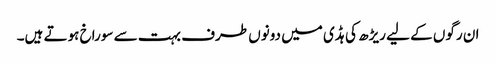
ان رگوں کے لیے ریڑھ کی ہڈی میں دونوں طرف بہت سے سوراخ ہوتے ہیں۔